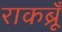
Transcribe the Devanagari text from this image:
राकब्रूँ